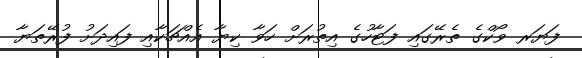
ފަޔަރ ވޯކްގެ ތެރޭގައި ފަޓާހުގެ އިތުރަށް ހަވާ ކިޔާ އެއްޗަކާއި ފައިދަށު ފުރޭތަޔާ